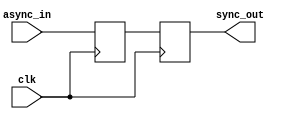
`timescale 1ns / 1ps

module synchronizer(
    input       clk,                        //input clk, async_in  
    input       async_in,
    output reg  sync_out                    //reg  output sync_out 
    );
    
    reg tmp;                                //reg  tmp  
    
    always @(posedge clk)                   //clk  edge   
    begin
        tmp      <=  async_in;              //tmp = async_in
        sync_out <= tmp;                    //sync_out = tmp
    end
    
endmodule